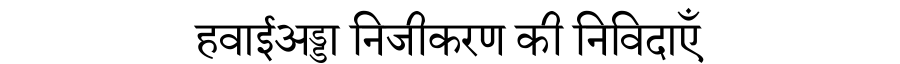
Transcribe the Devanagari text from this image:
हवाईअड्डा निजीकरण की निविदाएँ